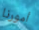
أمورنا